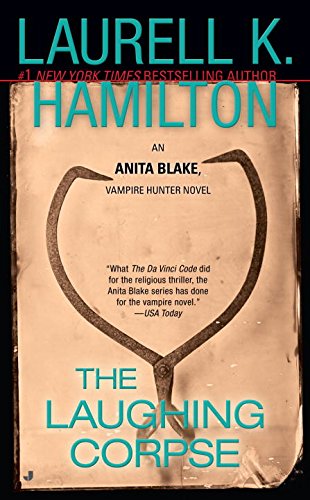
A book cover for The Laughing Corpse (Anita Blake, Vampire Hunter, Book 2); Laurell K. Hamilton; Romance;